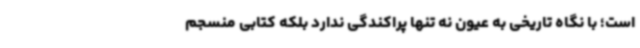
است؛ با نگاه تاریخی به عیون نه تنها پراکندگی ندارد بلکه کتابی منسجم